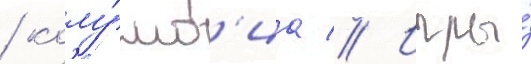
/ колу́мб'иа // Игры́